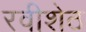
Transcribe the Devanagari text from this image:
रवीशेठ